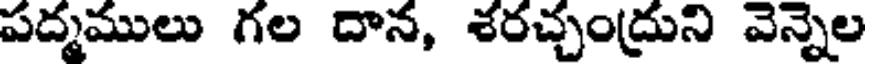
పద్మములు గల దాన, శరచ్చంద్రుని వెన్నెల